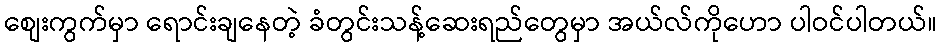
စျေးကွက်မှာ ရောင်းချနေတဲ့ ခံတွင်းသန့်ဆေးရည်တွေမှာ အယ်လ်ကိုဟော ပါဝင်ပါတယ်။